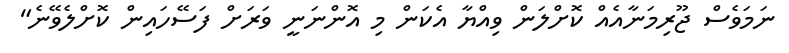
ނަމަވެސް ޖޫރިމަނާއެއް ކޮށްލަން ވިއްޔާ އެކަން މި އޮންނަނީ ވަރަށް ފަސޭހައިން ކޮށްލެވޭނެ"